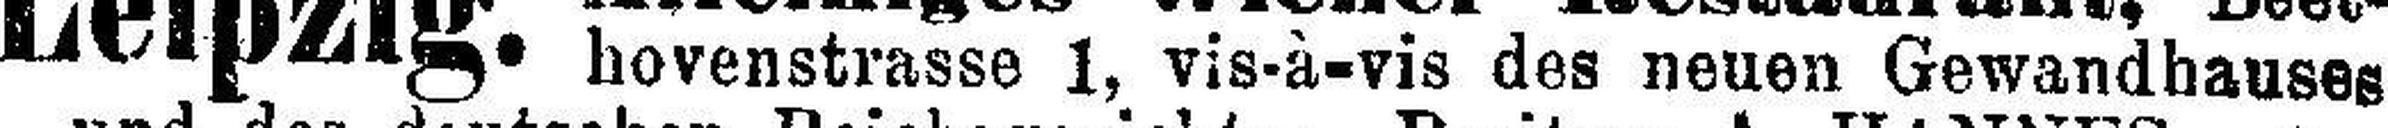
hovenstrasse 1, vis-à-vis des neuen Gewandhauses